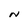
Character: N